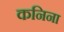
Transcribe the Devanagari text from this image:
कनिना